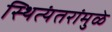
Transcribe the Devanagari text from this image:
स्थित्यंतरांमुळे